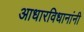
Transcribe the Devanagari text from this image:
आधारविधानांनी